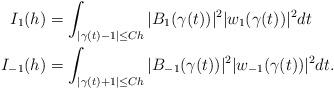
LaTeX: \begin{align*}I_{1}(h)&=\int_{|\gamma(t)-1|\leq Ch} |B_{1}(\gamma(t))|^2|w_{1}(\gamma(t))|^2dt\\I_{-1}(h)&=\int_{|\gamma(t)+1|\leq Ch} |B_{-1}(\gamma(t))|^2|w_{-1}(\gamma(t))|^2dt. \end{align*}